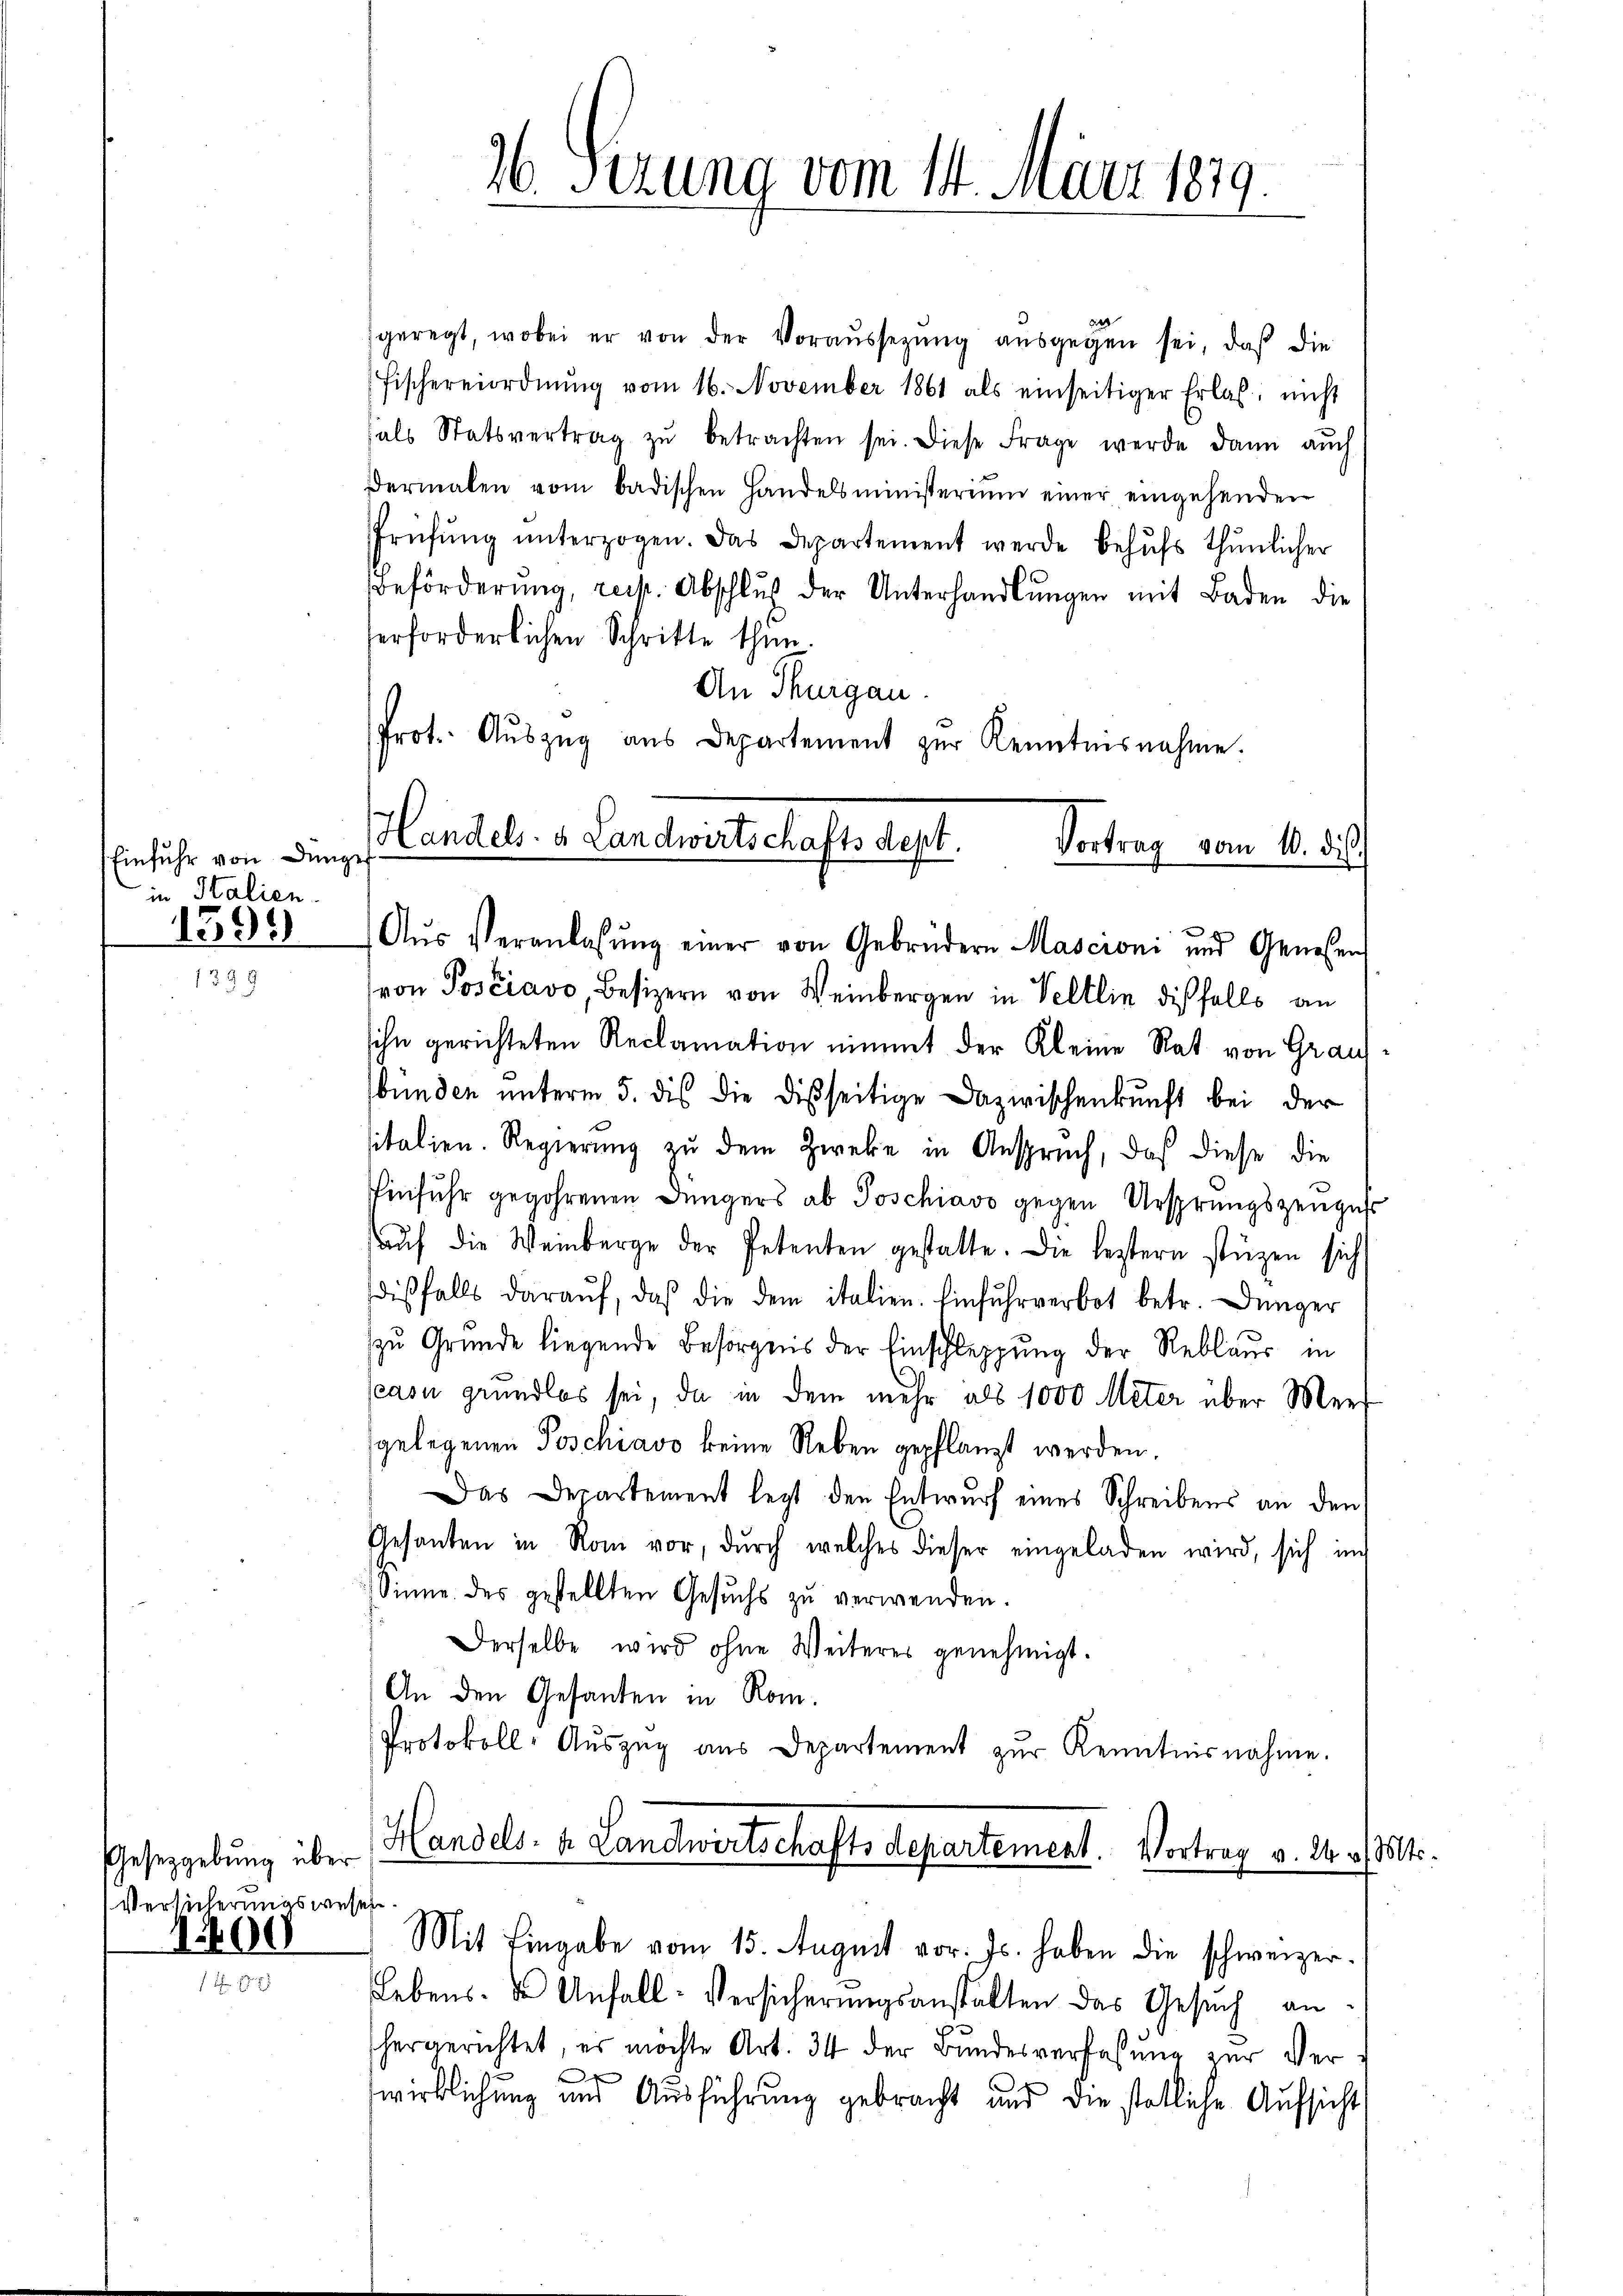
Einfuhr von den
in Italien.
1595

Gesetzgebung über
Versicherungswesen
100

geregt, wobei er von der Voraŭssetzŭng aŭsgegen sei, daß die
Fischereiordnŭng vom 16. November 1861 als einseitiger Erlas, nicht
hals Statsvertrag zŭ betrachten sei. Diese Frage werde dann aŭch
dermalen vom badischen Handelsministerium einer eingehenden
Prüfŭng ŭnterzogen. Das Departement werde behŭfs thŭnlicher
Beförderung, reis. Abschluß der Unterhandlŭngen mit Baden die
erforderlichen Schritte thun.
An Thurgau
Prot. Aŭszŭg aŭs Departement zŭr Kenntnisnahme.

36. Ferung vom 14. März 1879.

Handels- u Landwirtschaftsdept.
Vortrag vom 10. di
ge

Aŭs Veranlassŭng einer von Gebrüdern Mascroni und Genossen
von Posciavo, Besizern von Weinbergen in Veltlin dießfalls an
sihn gerichteten Reclamation nimmt der Kleine Rat von Grau-
bünden unterm 5. des die disseitige Dazwischenkunft bei der
sitalien. Regierung zu dem Zweke in Anspruch, daß diese die
Einfuhr gegehrenen Düngers ab Poschiavo gegen Ursprungszeuges
aŭf die Weinberge der Petenten gestatte. Die leztern stüzen sich
diβfalls daraŭf, daß die dem italien. Einfuhrverbot betr. Dünger
zu Grunde liegende Besorgnis der Einschleppung der Reblaus in
casu grundlos sei, da in dem mehr als 1000 Meter über Mer
gelegenen Poschiavo keine Neben gepflanzt werden
Das Departement legt den Entwurf eines Schreibens an den
Gesanten in Rom vor, dŭrch welches dieser eingeladen wird, sich in
Sinne des gestellten Gesuchs zu verwenden.
Derselbe wird ohne Weiteres genehmigt.
An den Gesanden in Rom.
Protokoll- Aŭszŭg aŭs Departement zŭr Kenntnisnahme.

Handels- & Landwirtschaftsdepartement. Vortrag v. 24 v. Mts.
Mit Eingabe vom 15. August vor. Js. haben die schweizer-

Lebens- u Anfall-Versicherungsanstalten das Gesuch an
hergerichtet, es möchte Art. 34 der Bundesverfassung zur Ver¬
C
wirklichung und Ausführung gebracht und die stetliche Aufsicht